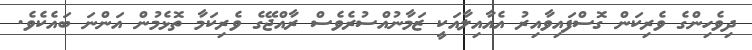
ދިވެހިންގެ ވެރިކަން ގޮސްފައިވާއިރު އެއާއިލާއަކީ ޒަމާނުއްސުރެވެސް ރާއްޖޭގެ ވެރިކަމާ ތޮޅެމުން އަންނަ ބައެކެވެ.